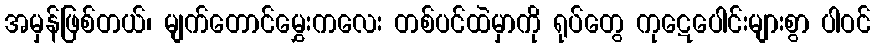
အမှန်ဖြစ်တယ်၊ မျက်တောင်မွှေးကလေး တစ်ပင်ထဲမှာကို ရုပ်တွေ ကုဋေပေါင်းများစွာ ပါဝင်